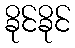
ခိုင်ခိုင်